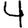
Digit: 4